Annual administration report of the Civil Veterinary Department of India - 1896-1897
Year: 1896
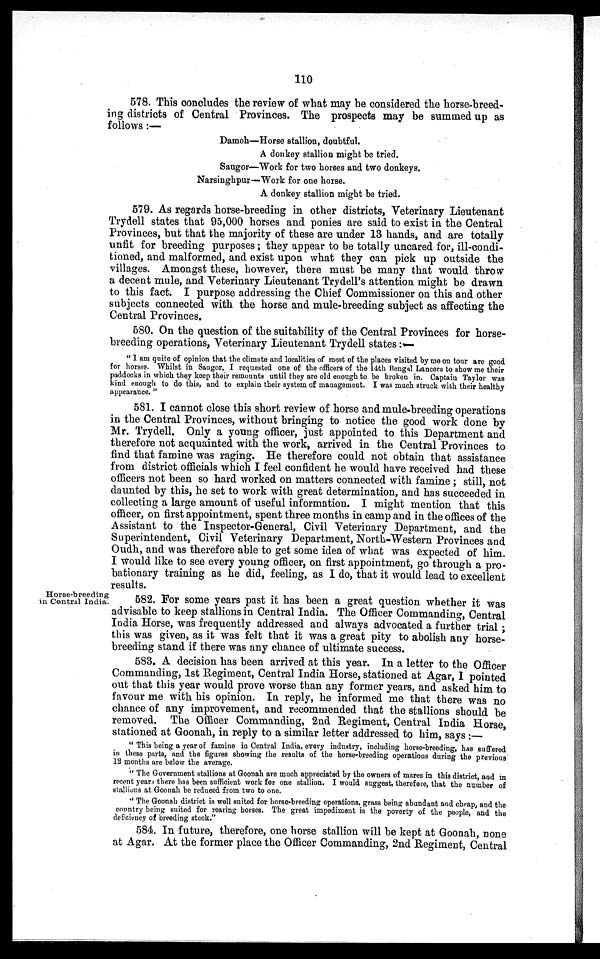
110
578. This concludes the review of what may be considered the horse-breed-
ing districts of Central Provinces. The prospects may be summed up as
follows :—
Damoh—Horse stallion, doubtful.
A donkey stallion might be tried.
Saugor—Work for two horses and two donkeys.
Narsinghpur—Work for one horse.
A donkey stallion might be tried.
579. As regards horse-breeding in other districts, Veterinary Lieutenant
Trydell states that 95,000 horses and ponies are said to exist in the Central
Provinces, but that the majority of these are under 13 hands, and are totally
unfit for breeding purposes; they appear to be totally uncared for, ill-condi-
tioned, and malformed, and exist upon what they can pick up outside the
villages. Amongst these, however, there must be many that would throw
a decent mule, and Veterinary Lieutenant Trydell's attention might be drawn
to this fact. I purpose addressing the Chief Commissioner on this and other
subjects connected with the horse and mule-breeding subject as affecting the
Central Provinces.
580. On the question of the suitability of the Central Provinces for horse-
breeding operations, Veterinary Lieutenant Trydell states :—
"I am quite of opinion that the climate and localities of most of the places visited by me on tour are good
for horses. Whilst in Saugor, I requested one of the officers of the 14th Bengal Lancers to show me their
paddocks in which they keep their remounts until they are old enough to be broken in. Captain Taylor was
kind enough to do this, and to explain their system of management. I was much struck with their healthy
appearance."
581. I cannot close this short review of horse and mule-breeding operations
in the Central Provinces, without bringing to notice the good work done by
Mr. Trydell. Only a young officer, just appointed to this Department and
therefore not acquainted with the work, arrived in the Central Provinces to
find that famine was raging. He therefore could not obtain that assistance
from district officials which I feel confident he would have received had these
officers not been so hard worked on matters connected with famine; still, not
daunted by this, he set to work with great determination, and has succeeded in
collecting a large amount of useful information. I might mention that this
officer, on first appointment, spent three months in camp and in the offices of the
Assistant to the Inspector-General, Civil Veterinary Department, and the
Superintendent, Civil Veterinary Department, North-Western Provinces and
Oudh, and was therefore able to get some idea of what was expected of him.
I would like to see every young officer, on first appointment, go through a pro-
bationary training as he did, feeling, as I do, that it would lead to excellent
results.
Horse-breeding
in Central India.
582. For some years past it has been a great question whether it was
advisable to keep stallions in Central India. The Officer Commanding, Central
India Horse, was frequently addressed and always advocated a further trial;
this was given, as it was felt that it was a great pity to abolish any horse-
breeding stand if there was any chance of ultimate success.
583. A decision has been arrived at this year. In a letter to the Officer
Commanding, 1st Regiment, Central India Horse, stationed at Agar, I pointed
out that this year would prove worse than any former years, and asked him to
favour me with his opinion. In reply, he informed me that there was no
chance of any improvement, and recommended that the stallions should be
removed. The Officer Commanding, 2nd Regiment, Central India Horse,
stationed at Goonah, in reply to a similar letter addressed to him, says :—
"This being a year of famine in Central India, every industry, including horse-breeding, has suffered
in these parts, and the figures showing the results of the horse-breeding operations during the previous
12 months are below the average.
"The Government stallions at Goonah are much appreciated by the owners of mares in this district, and in
recent years there has been sufficient work for one stallion. I would suggest, therefore, that the number of
stallions at Goonah be reduced from two to one.
"The Goonah district is well suited for horse-breeding operations, grass being abundant and cheap, and the
country being suited for rearing horses. The great impediment is the poverty of the people, and the
deficiency of breeding stock."
584. In future, therefore, one horse stallion will be kept at Goonah, none
at Agar. At the former place the Officer Commanding, 2nd Regiment, Central